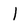
Character: 1